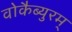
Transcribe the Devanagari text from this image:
वोकैब्युरम्